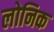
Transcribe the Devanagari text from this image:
लोनिक